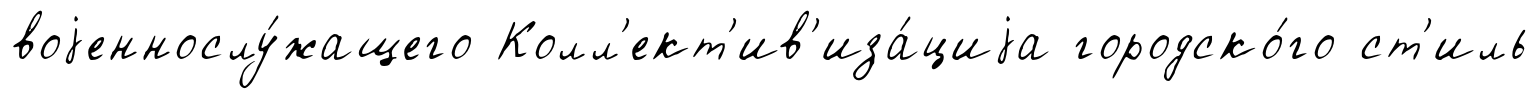
воjеннослу́жащего Колл'ект'ив'иза́циjа городско́го ст'иль